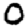
Digit: 0